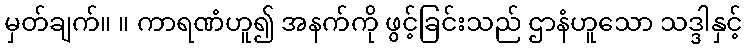
မှတ်ချက်။ ။ ကာရဏံဟူ၍ အနက်ကို ဖွင့်ခြင်းသည် ဌာနံဟူသော သဒ္ဒါနှင့်